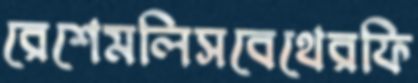
রেশেমলিসবেথেরফি